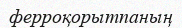
ферроқорытпаның